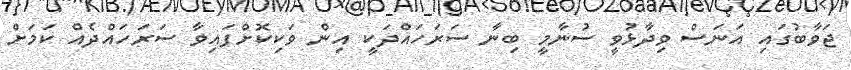
ޖަވާބުގައި އަނަސް ވިދާޅުވީ ސުނާމީ ބިނާ ސަރަހައްދަކީ އިން ވަކިކޮށްފައިވާ ސަރަހައްދެއް ކަމަށް